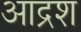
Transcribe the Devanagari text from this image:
आद्रश